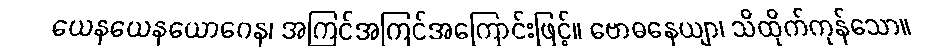
ယေနယေနယောဂေန၊ အကြင်အကြင်အကြောင်းဖြင့်။ ဗောဓနေယျာ၊ သိထိုက်ကုန်သော။